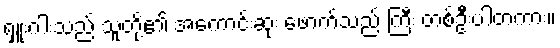
ရှူးဂါးသည် သူတို့၏ အကောင်းဆုံး ဖောက်သည် ကြီး တစ်ဦးပါတကား။